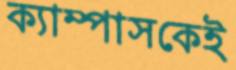
ক্যাম্পাসকেই